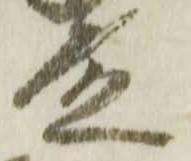
殿